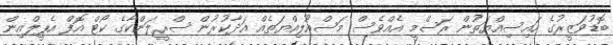
ބޮޑުވަޒީރުގެ ހައިސިއްޔަތުން ރަސްމީ އެއްވެސް މަސްއޫލިއްޔަތެއް އަދާކުރުން ސްރީލަންކާގެ ކޯޓް އޮފް އެޕީލްއިން